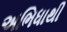
અભિધાથી